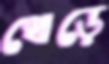
থোড়ে